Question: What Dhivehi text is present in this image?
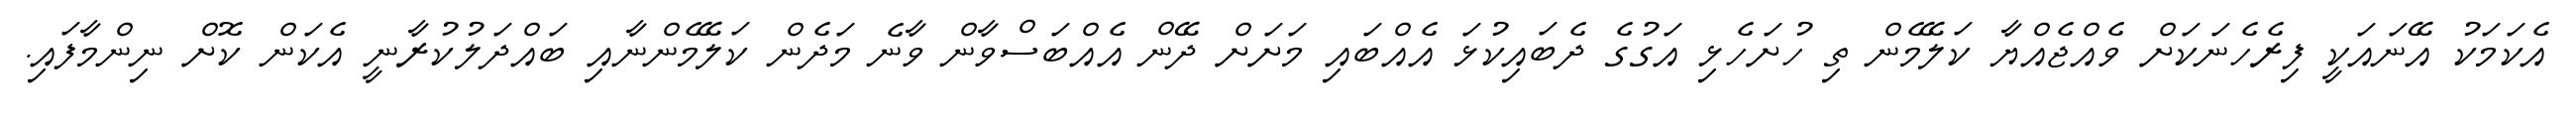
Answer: އެކަމަކު އޭނައަކީ ފިރެހެނަކަށް ވެއްޖެއްޔާ ކަލޭމެން ތި ހުށަހެޅި އަގުގެ ދެބައިކުޅަ އެއްބައި މަށަށް ދޭން އެއްބަސްވާން ވާނެ މަދެން ކަލޭމެންނާއި ބައްދަލުކުރާނީ އެކަން ކޮށް ނިންމާފައި.